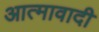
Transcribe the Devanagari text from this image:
आत्मावादी